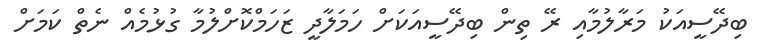
ބިދޭސީއަކު މަރާލުމާއި ރޭ ތިން ބިދޭސީއަކަށް ހަމަލާދީ ޒަހަމްކޮށްލުމާ ގުޅުމެއް ނެތް ކަމަށް